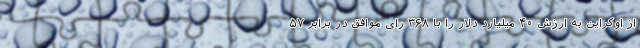
از اوکراین به ارزش ۴۰ میلیارد دلار را با ۳۶۸ رای موافق در برابر ۵۷